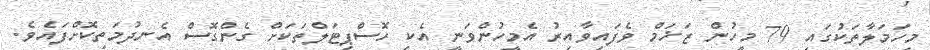
މިހަމަލާތަކުގައި 79 މީހުން ޒަޚަމް ވެފައިވާއިރު އެމީހުންވަނީ އެކި ހޮސްޕިޓަލްތަކަށް ގެންގޮސް އެނދުމަތިކޮށްފައެވެ.